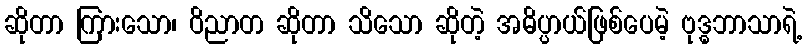
ဆိုတာ ကြားသော၊ ဝိညာတ ဆိုတာ သိသော ဆိုတဲ့ အဓိပ္ပာယ်ဖြစ်ပေမဲ့ ဗုဒ္ဓဘာသာရဲ့